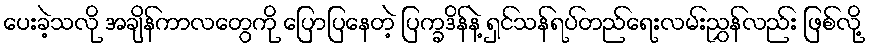
ပေးခဲ့သလို အချိန်ကာလတွေကို ပြောပြနေတဲ့ ပြက္ခဒိန်နဲ့ ရှင်သန်ရပ်တည်ရေးလမ်းညွှန်လည်း ဖြစ်လို့